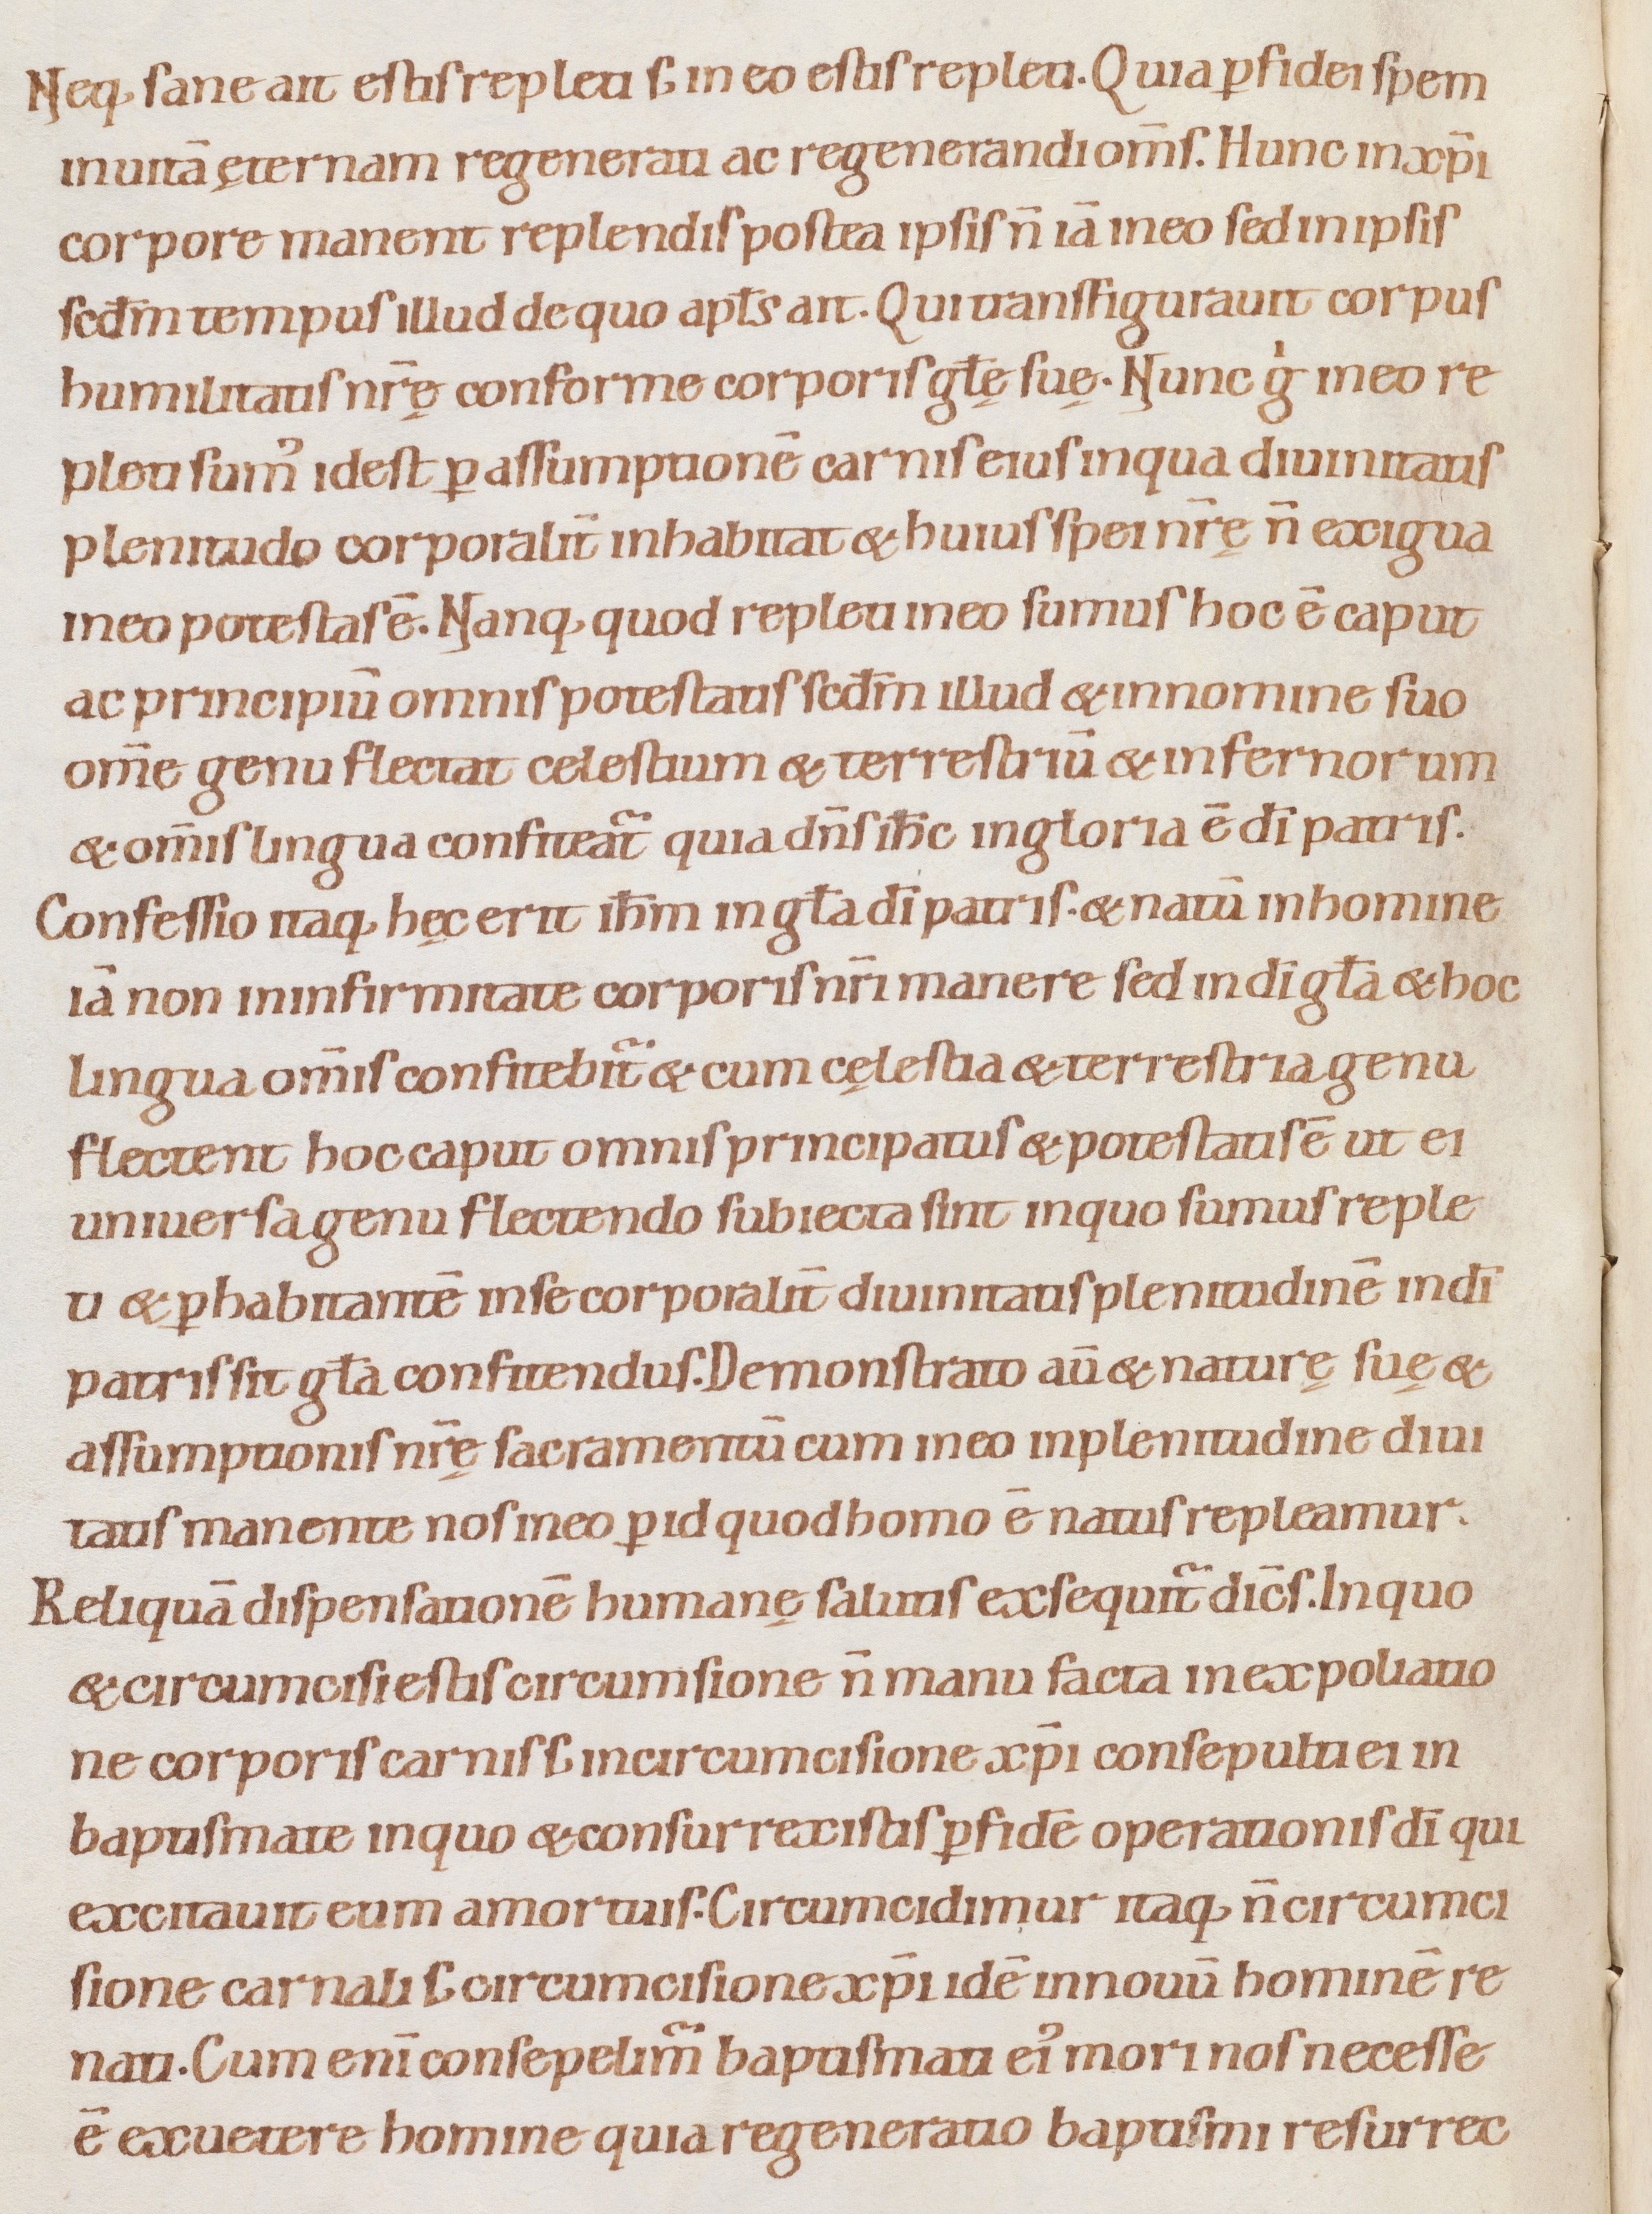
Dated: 1080–1096